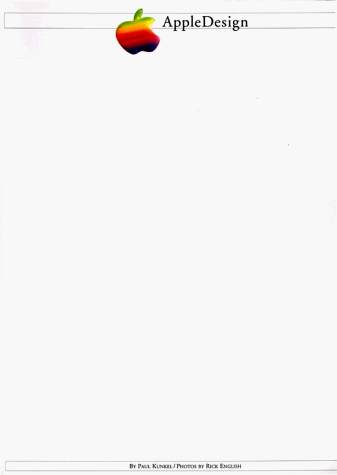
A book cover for Appledesign: The Work of the Apple Industrial Design Group; Paul Kunkel; Computers & Technology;